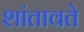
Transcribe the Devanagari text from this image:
शांतावते